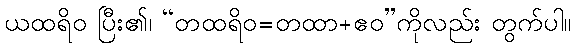
ယထရိဝ ပြီး၏၊ “တထရိဝ=တထာ+ဧဝ”ကိုလည်း တွက်ပါ။